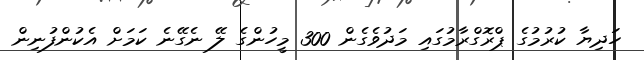
ހަދިޔާ ކުރުމުގެ ޕްރޮގްރާމުގައި މަދުވެގެން 300 މީހުންގެ ލޭ ނެގޭނެ ކަމަށް އެކުންފުނިން